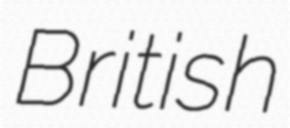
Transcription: British